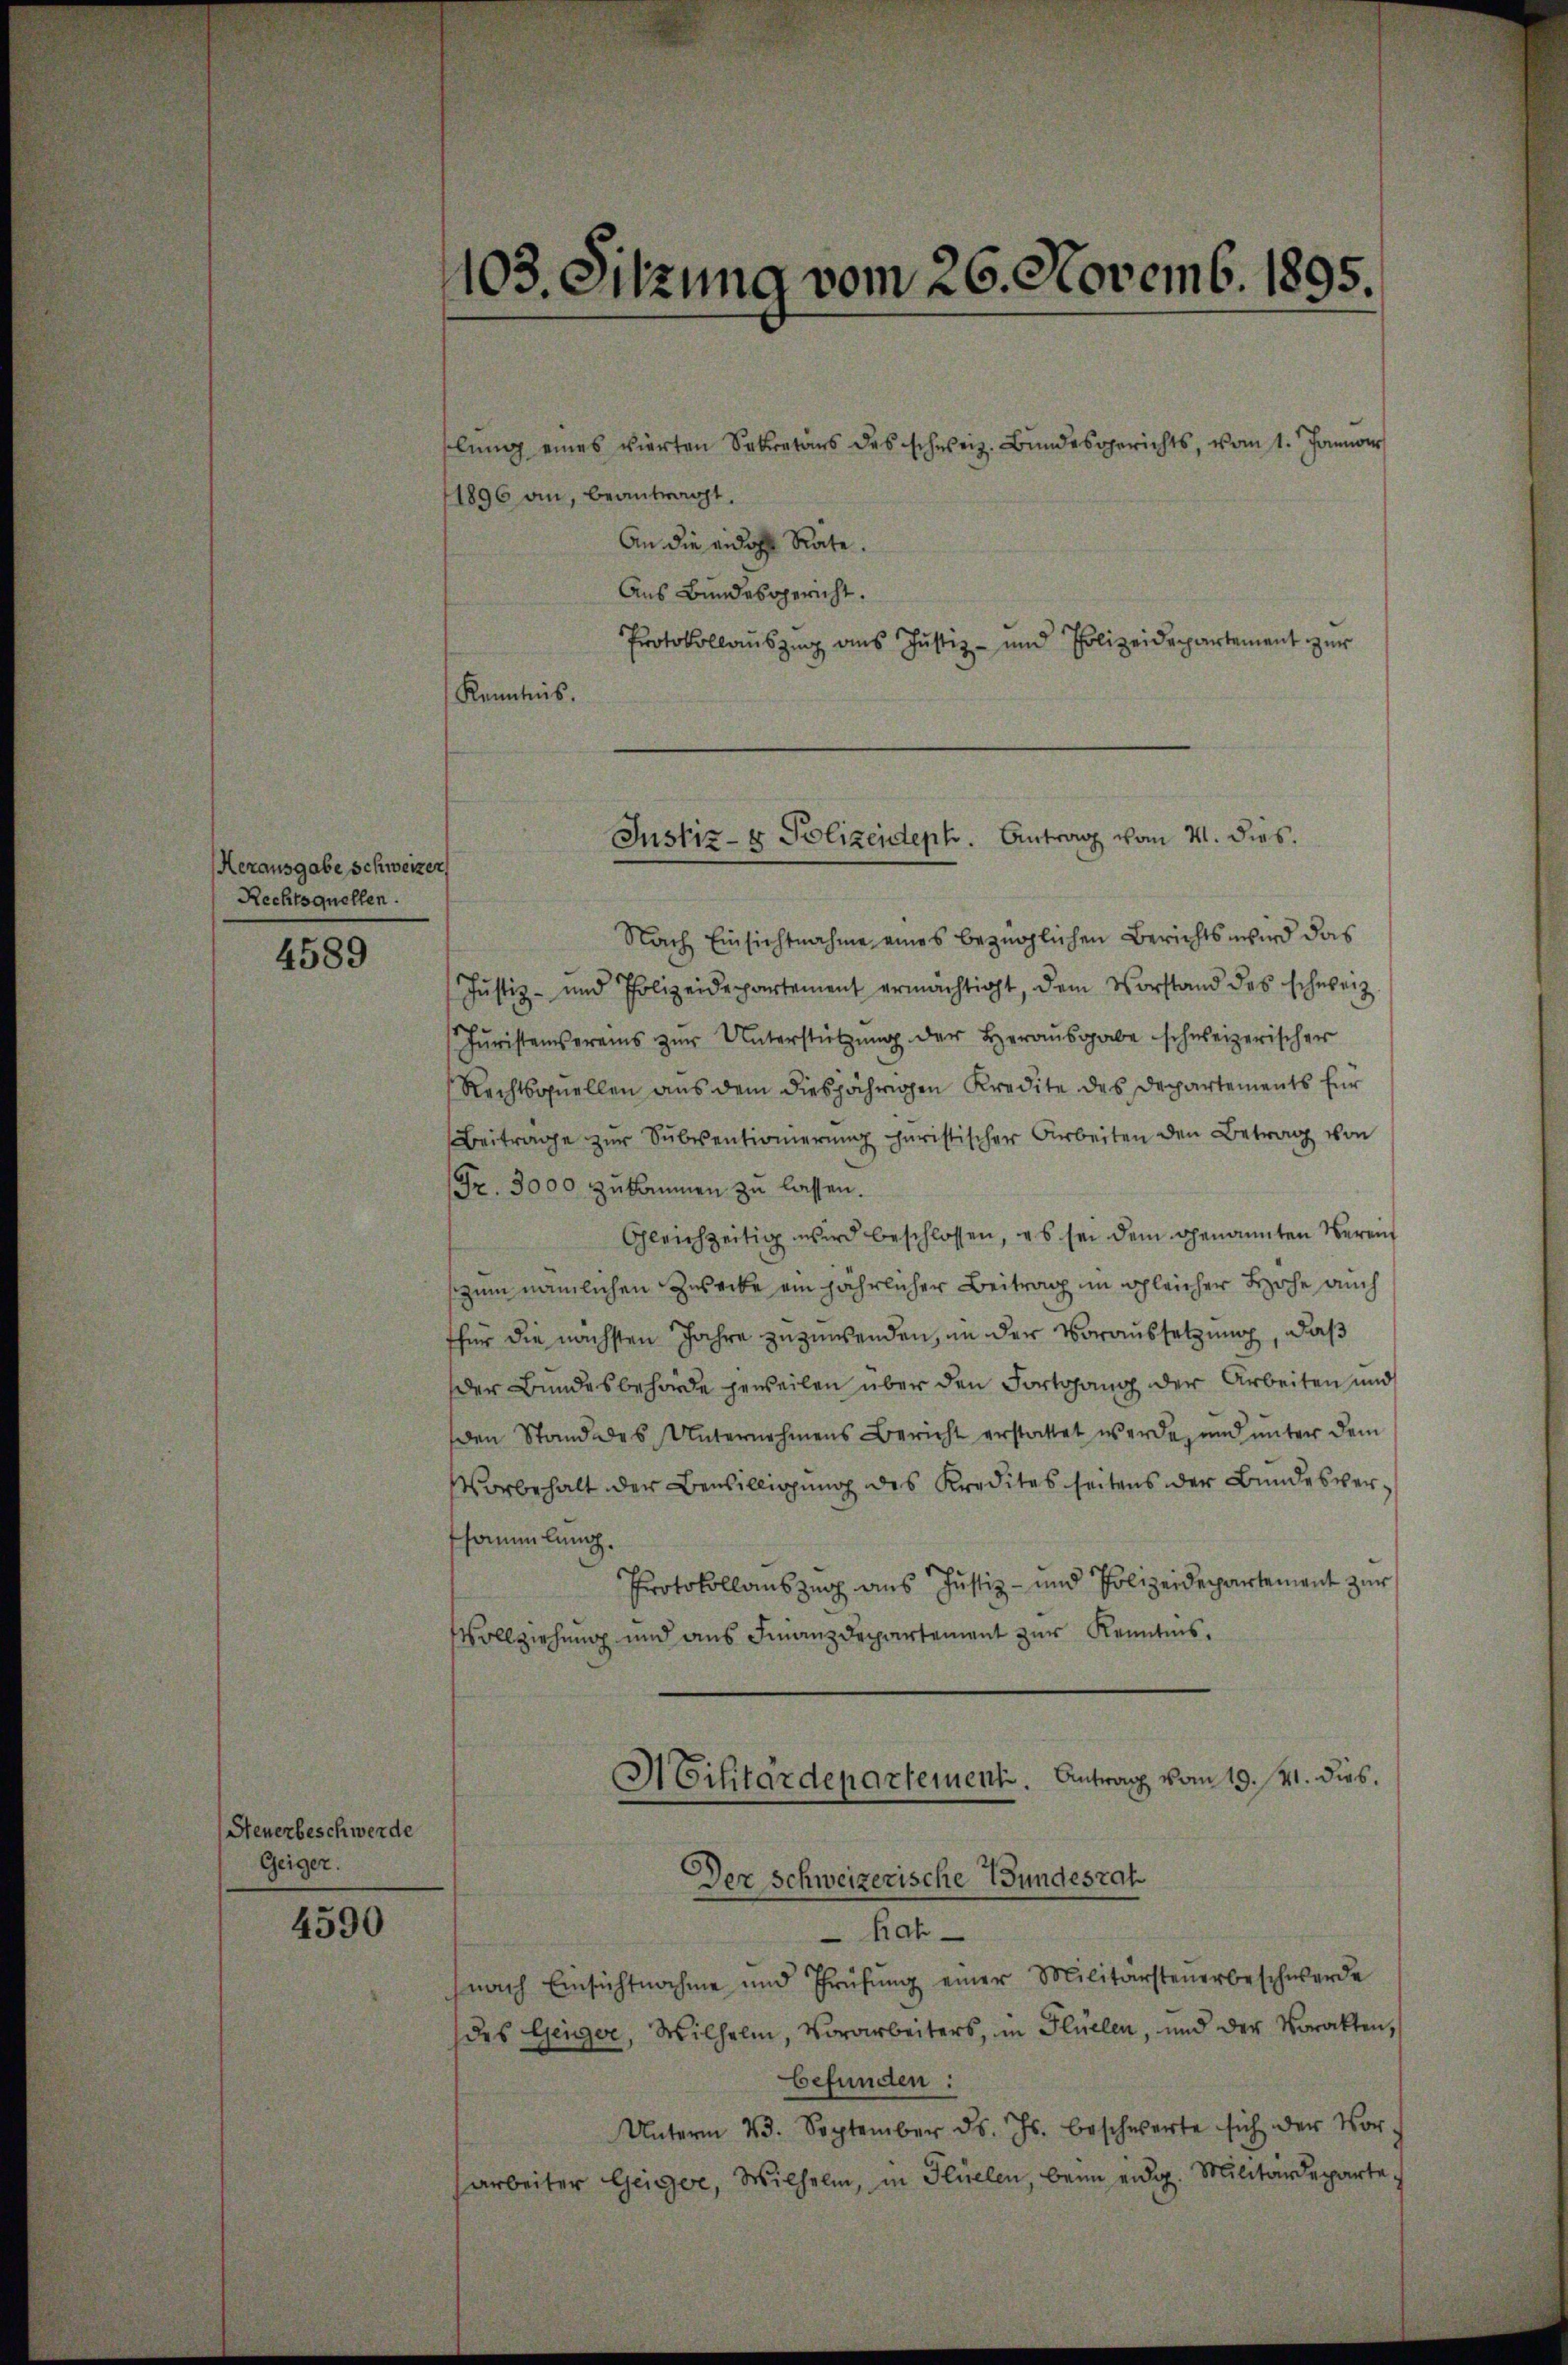
Herausgabe schweizer
Rechtsquellen.

4589

Steuerbeschwerde
Geiger.

4590

1103. Sitzung vom 26. Novemb. 1895.

lŭng eines vierten Sekretärs des schweiz. Bundesgerichts, vom 1. Januar
1896 an, beantragt,
An die eidohe Rate.
Aus Bundesgericht.
Protokollauszug aus Justiz- und Polizeidepartement zur
Kenntnis.

Nach Einsichtnahme eines bezüglichen Berichts wird das
Justiz- und Polizeidepartement ermächtigt, dem Vorstand des schweiz.
Jŭristenvereins zŭr Unterstützŭng der Heraŭsgabe schweizerischer
Rechtsquellen aus dem diesjährigen Kredite des Departements für
Beitrage zur Subventionierung charistischer Arbeiten den Betrag von
(Fr. 3000 zukommen zu lassen.
Gleichzeitig wird beschlossen, es sei dem genannten Verein
zum nämlichen Zusecke ein jährlicher Beitrag im gleicher Höhe auch
tfür die nächsten Jahre zuzuwenden, an der Voraussetzung, daß
der Bundesbehörde jeweilen über den Fortgang der Arbeiten und
den Stand des Unternehmens Bericht erstattet werde, und unter dem
Vorbehalt der Bewilligung des Kredites seitens der Bundesverfsammlung.
Protokollauszug aus Justiz- und Polizeidepartement zur
Vollziehung und aus Finanzdepartement zur Kenntnis.

Justiz- & Polizendeph. Antrag vom 21. dies

Hilitärdepartement. Antrag vom 19. fr. dies.
Der Schweizerische Bundesrat

Rah
nach Einsichtnahme und Prüfŭng einer Militärsteŭerbeschwerde
des Geiger, Wilhelm, Vorarbeiters, in Flüelen, und der Vorakten,
befunden:
Unterm 23. September ds. Js. beschwerte sich der Vor-
arbeiter Geiger, Wilhelm, in Flüelen, beim eidg. Militärdeparte¬